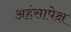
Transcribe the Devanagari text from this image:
अहंसापेक्ष